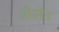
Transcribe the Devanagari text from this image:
नीलेत